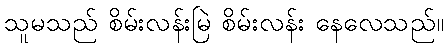
သူမသည် စိမ်းလန်းမြဲ စိမ်းလန်း နေလေသည်။